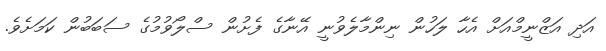
އަދި އަޒްނީމްއަށް އެހާ ލަހުން ނިންމާލެވުނީ އޭނާގެ ފެށުން ސްލޯވުމުގެ ސަބަބުން ކަމަށެވެ.